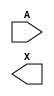
//Generated from netlist by SpyDrNet
//netlist name: FPGA88_SOFA_A
module sky130_fd_sc_hd__buf_4
(
    A,
    X
);

    input A;
    output X;

    wire A;
    wire X;

endmodule